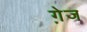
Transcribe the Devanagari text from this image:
गे़ज